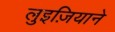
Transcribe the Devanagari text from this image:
लुइज़ियाने